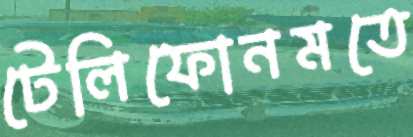
টেলিফোনমতে